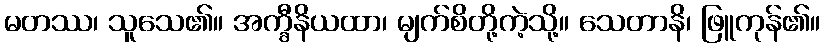
မတဿ၊ သူသေ၏။ အက္ခီနိယထာ၊ မျက်စိတို့ကဲ့သို့။ သေတာနိ၊ ဖြူကုန်၏။